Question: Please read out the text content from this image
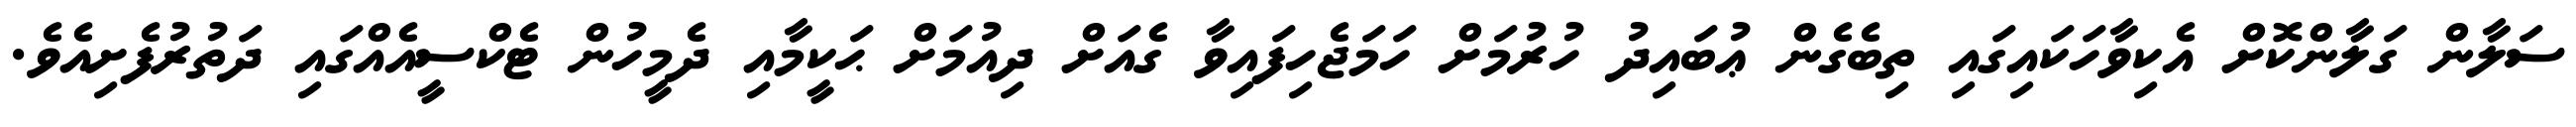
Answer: ސަލާން ގަލާންކޮށް އެކިވާހަކައިގައި ތިބެގެން ޢުބައިދު ހުރުމަށް ހަމަޖެހިފައިވާ ގެއަށް ދިއުމަށް ޙަކީމާއި ދެމީހުން ޓެކްސީއެއްގައި ދަތުރުފެށިއެވެ.